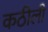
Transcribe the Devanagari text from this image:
कठीली